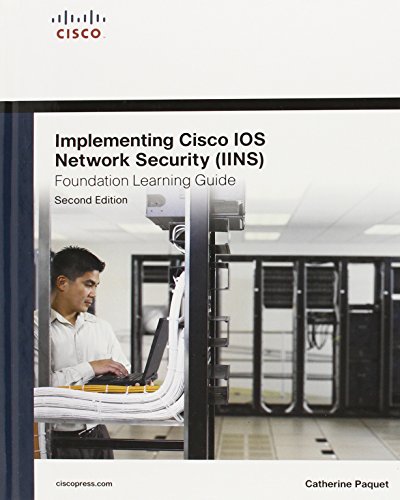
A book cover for Implementing Cisco IOS Network Security (IINS 640-554) Foundation Learning Guide (2nd Edition) (Foundation Learning Guides); Catherine Paquet; Computers & Technology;